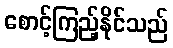
စောင့်ကြည့်နိုင်သည်